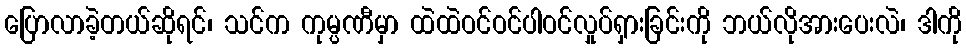
ပြောလာခဲ့တယ်ဆိုရင်၊ သင်က ကုမ္ပဏီမှာ ထဲထဲဝင်ဝင်ပါဝင်လှုပ်ရှားခြင်းကို ဘယ်လိုအားပေးလဲ၊ ဒါကို